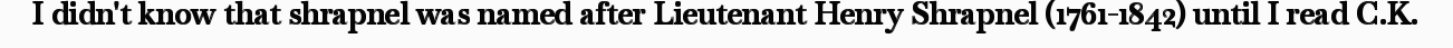
I didn't know that shrapnel was named after Lieutenant Henry Shrapnel (1761-1842) until I read C.K.